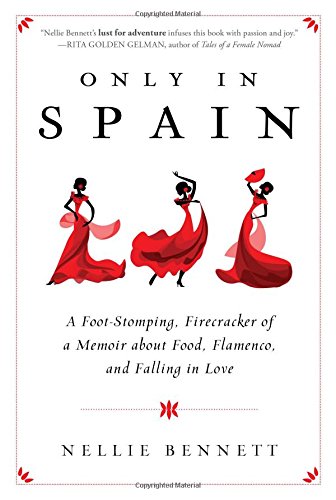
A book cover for Only in Spain: A Foot-Stomping, Firecracker of a Memoir about Food, Flamenco, and Falling in Love; Nellie Bennett; Biographies & Memoirs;